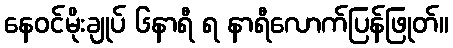
နေဝင်မိုးချုပ် ၆နာရီ ရ နာရီလောက်ပြန်ဖြုတ်။